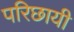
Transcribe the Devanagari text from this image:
परिछायी